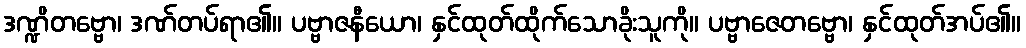
ဒဏ္ဍိတဗ္ဗော၊ ဒဏ်တပ်ရာ၏။ ပဗ္ဗာဇနီယော၊ နှင်ထုတ်ထိုက်သောခိုးသူကို။ ပဗ္ဗာဇေတဗ္ဗော၊ နှင်ထုတ်အပ်၏။